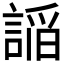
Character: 𮘦